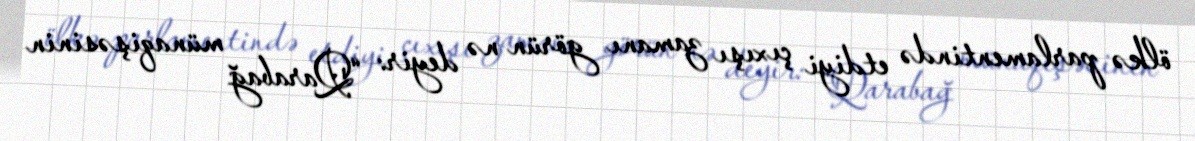
ölkə parlamentində etdiyi çıxışı zamanı görün nə deyir: “Qarabağ münaqişəsinin